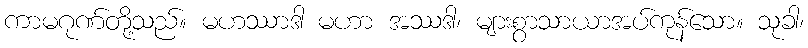
ကာမဂုဏ်တို့သည်။ မဟဿာဒါ မဟာ အဿဒါ၊ များစွာသာယာအပ်ကုန်သော။ သုခါ၊